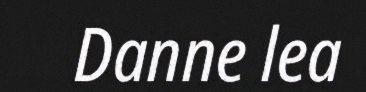
Danne lea